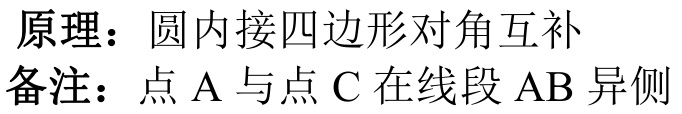
原理：圆内接四边形对角互补
备注：点 \(A\) 与点 \(C\) 在线段 \(AB\) 异侧